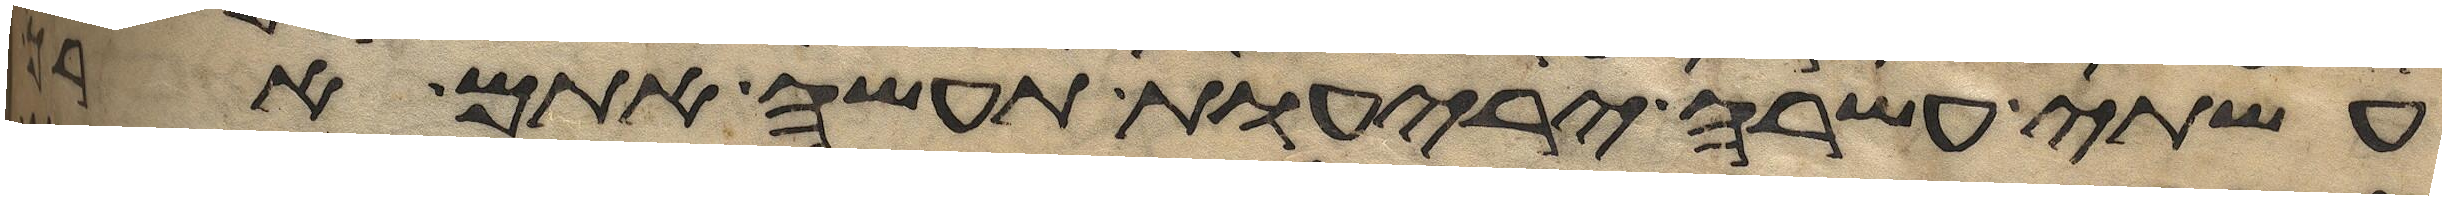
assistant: עשתה עשרה יריעות תעשה אתם ארך